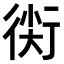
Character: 𧗰